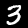
Digit: 3